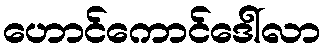
ဟောင်ကောင်ဒေါ်လာ